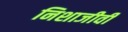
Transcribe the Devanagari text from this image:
निशाजीवी